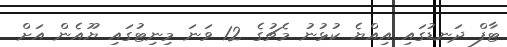
ޓާފް ދަނޑުގައި އިއްޔެ ކުޅުނު މެޗުގެ 12 ވަނަ މިނިޓުގައި ޔޫއެން އަށް